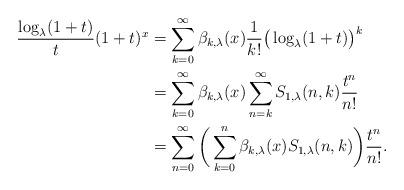
LaTeX: \begin{align*}\frac{\log_{\lambda}(1+t)}{t}(1+t)^{x}&=\sum_{k=0}^{\infty}\beta_{k,\lambda}(x)\frac{1}{k!}\big(\log_{\lambda}(1+t)\big)^{k} \\&=\sum_{k=0}^{\infty}\beta_{k,\lambda}(x)\sum_{n=k}^{\infty}S_{1,\lambda}(n,k)\frac{t^{n}}{n!} \\&=\sum_{n=0}^{\infty}\bigg(\sum_{k=0}^{n}\beta_{k,\lambda}(x)S_{1,\lambda}(n,k)\bigg)\frac{t^{n}}{n!}. \end{align*}